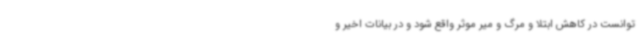
توانست در کاهش ابتلا و مرگ و میر موثر واقع شود و در بیانات اخیر و